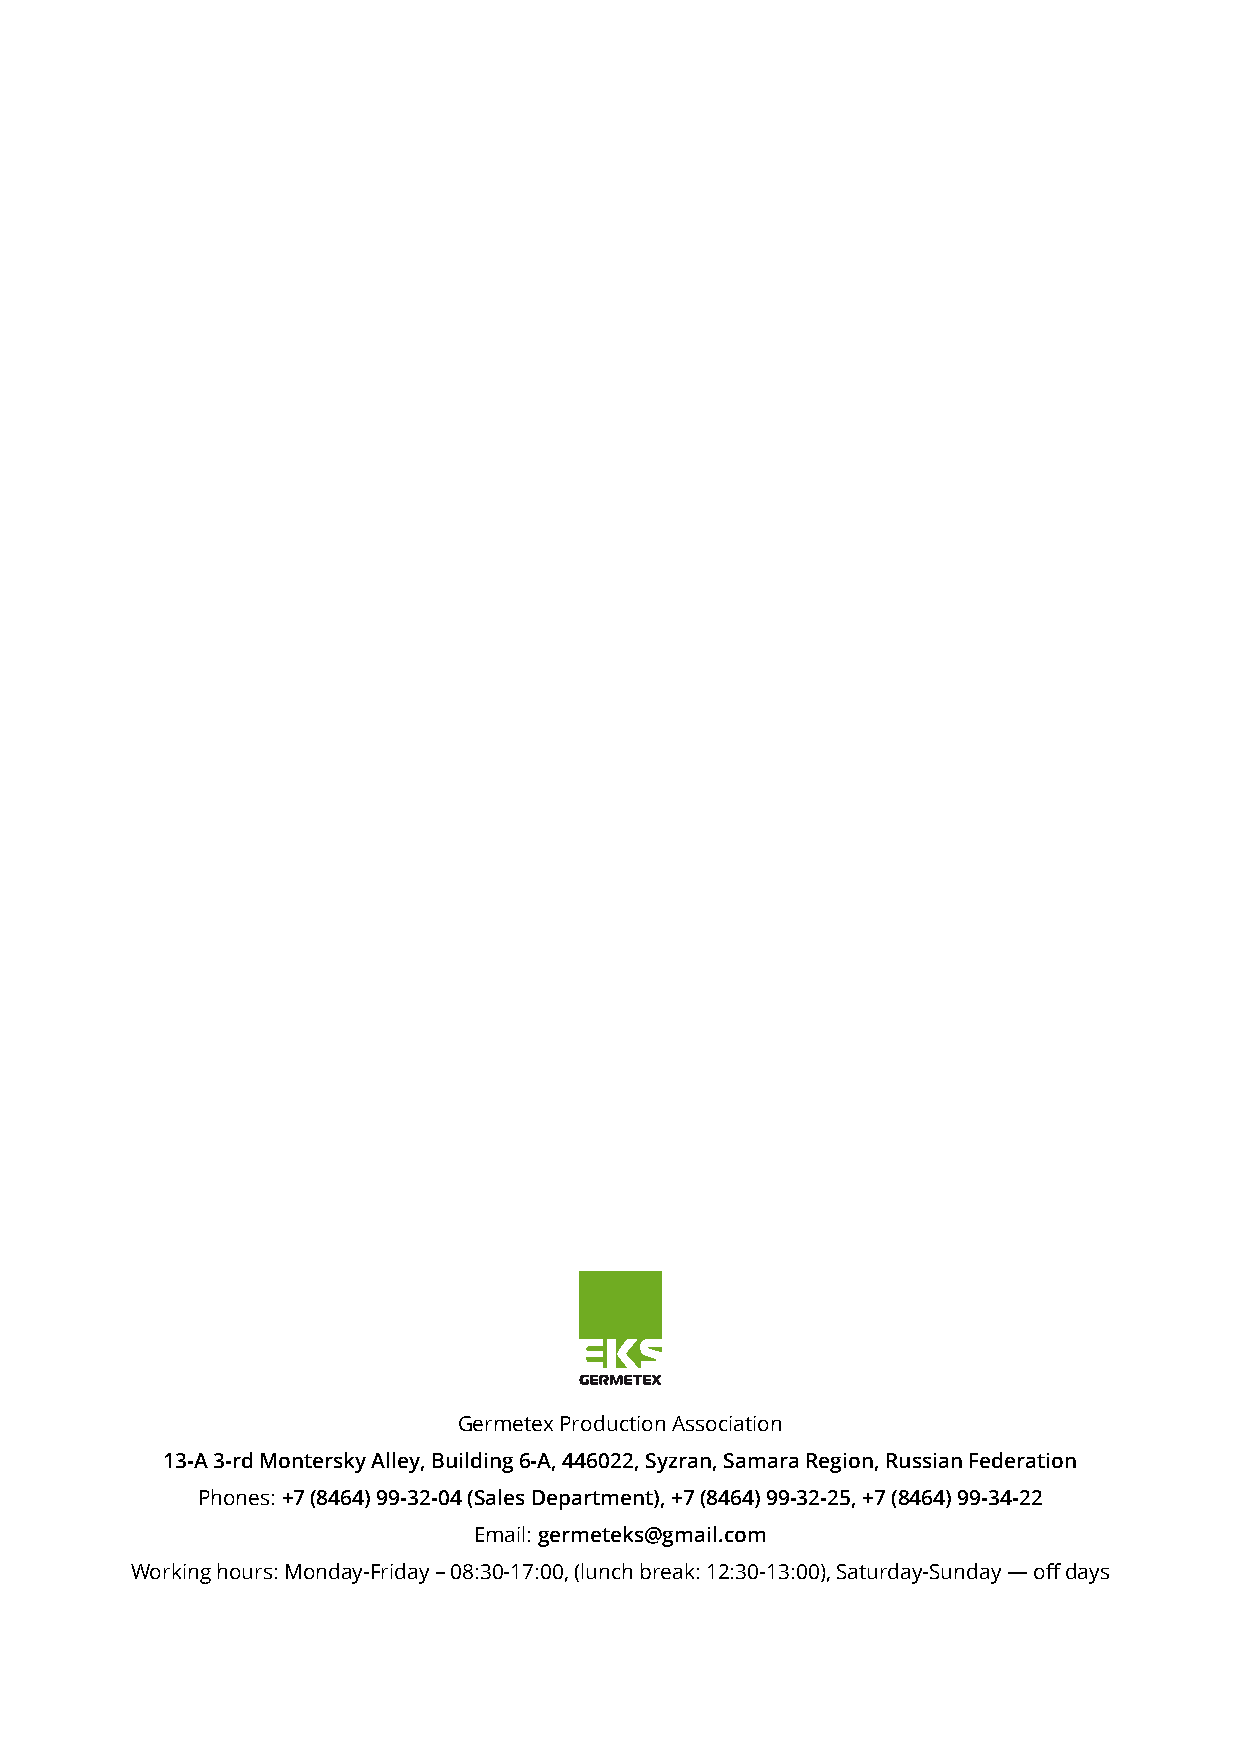
Germetex Production Association
 13-A 3-rd Montersky Alley, Building 6-A, 446022, Syzran, Samara Region, Russian Federation
 Phones: +7 (8464) 99-32-04 (Sales Department), +7 (8464) 99-32-25, +7 (8464) 99-34-22
 Email: germeteks@gmail.com
 Working hours: Monday-Friday – 08:30-17:00, (lunch break: 12:30-13:00), Saturday-Sunday — off days